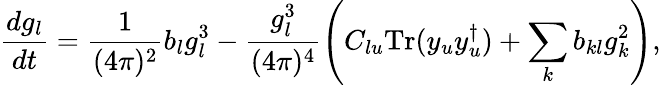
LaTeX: \frac{dg_{l}}{dt}=\frac{1}{(4\pi)^{2}}b_{l}g_{l}^{3}-\frac{g_{l}^{3}}{(4\pi)^{4}}\left(C_{lu}\mathrm{Tr}(y_{u}y_{u}^{\dagger})+\sum_{k}b_{kl}g_{k}^{2}\right),